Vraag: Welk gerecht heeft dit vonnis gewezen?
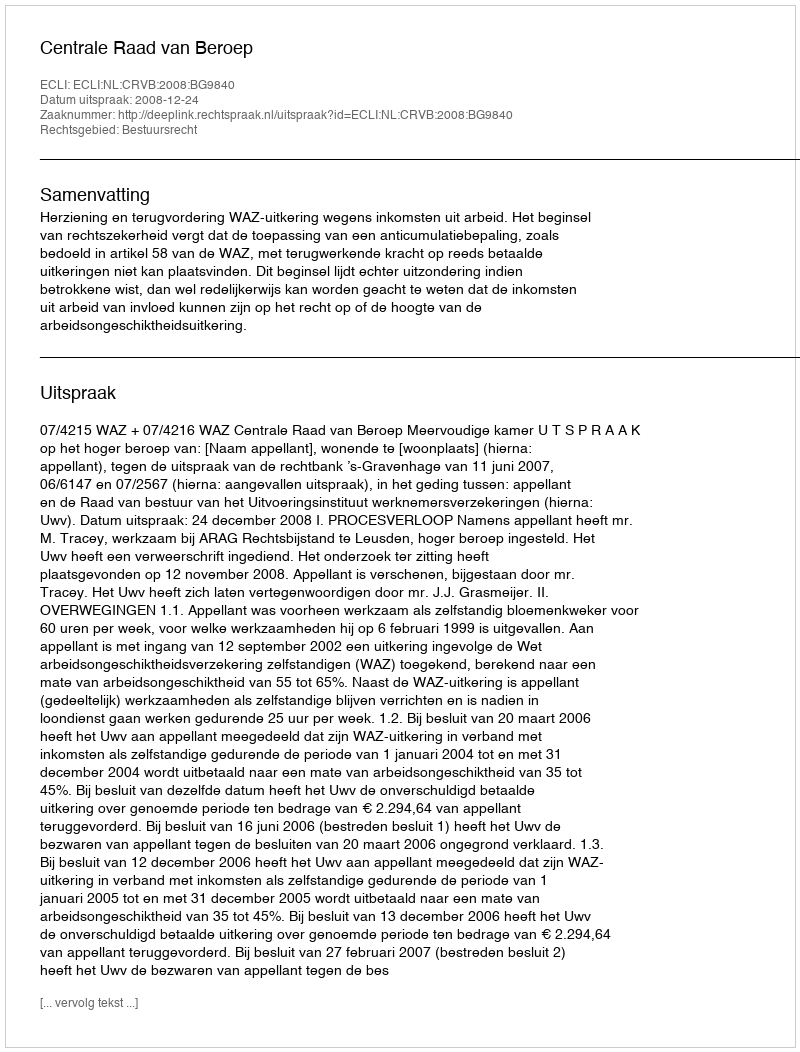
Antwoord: Centrale Raad van Beroep